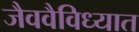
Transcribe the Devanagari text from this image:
जैववैविध्यात